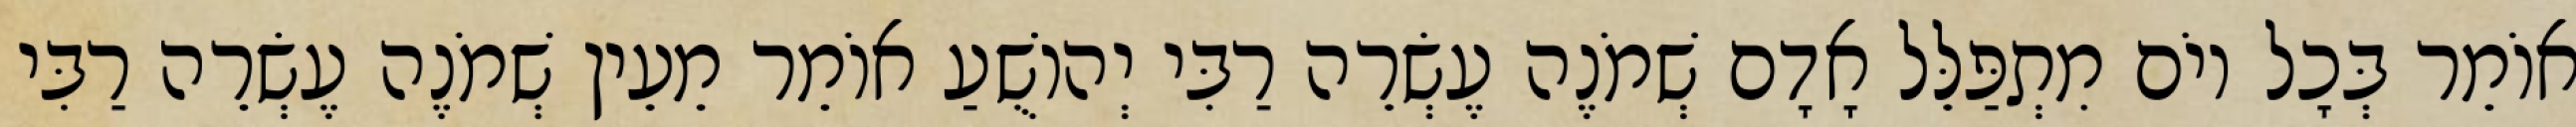
אוֹמֵר בְּכָל יוֹם מִתְפַּלֵּל אָדָם שְׁמֹנֶה עֶשְׂרֵה רַבִּי יְהוֹשֻׁעַ אוֹמֵר מֵעֵין שְׁמֹנֶה עֶשְׂרֵה רַבִּי